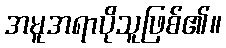
အမူအရာပိုသူဖြစ်၏။